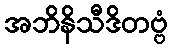
အဘိနိသီဒိတဗ္ဗံ